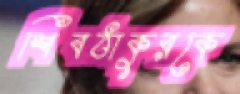
শিবঠাকুরকে